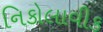
નિકોલાવીક